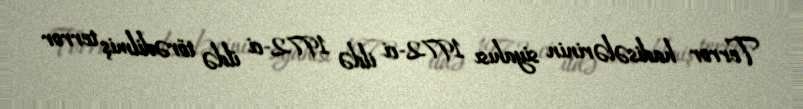
Terror hadisələrinin siyahısı 1972-ci ildə 1972-ci ildə törədilmiş terror